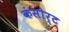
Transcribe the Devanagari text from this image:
कंसोर्ट